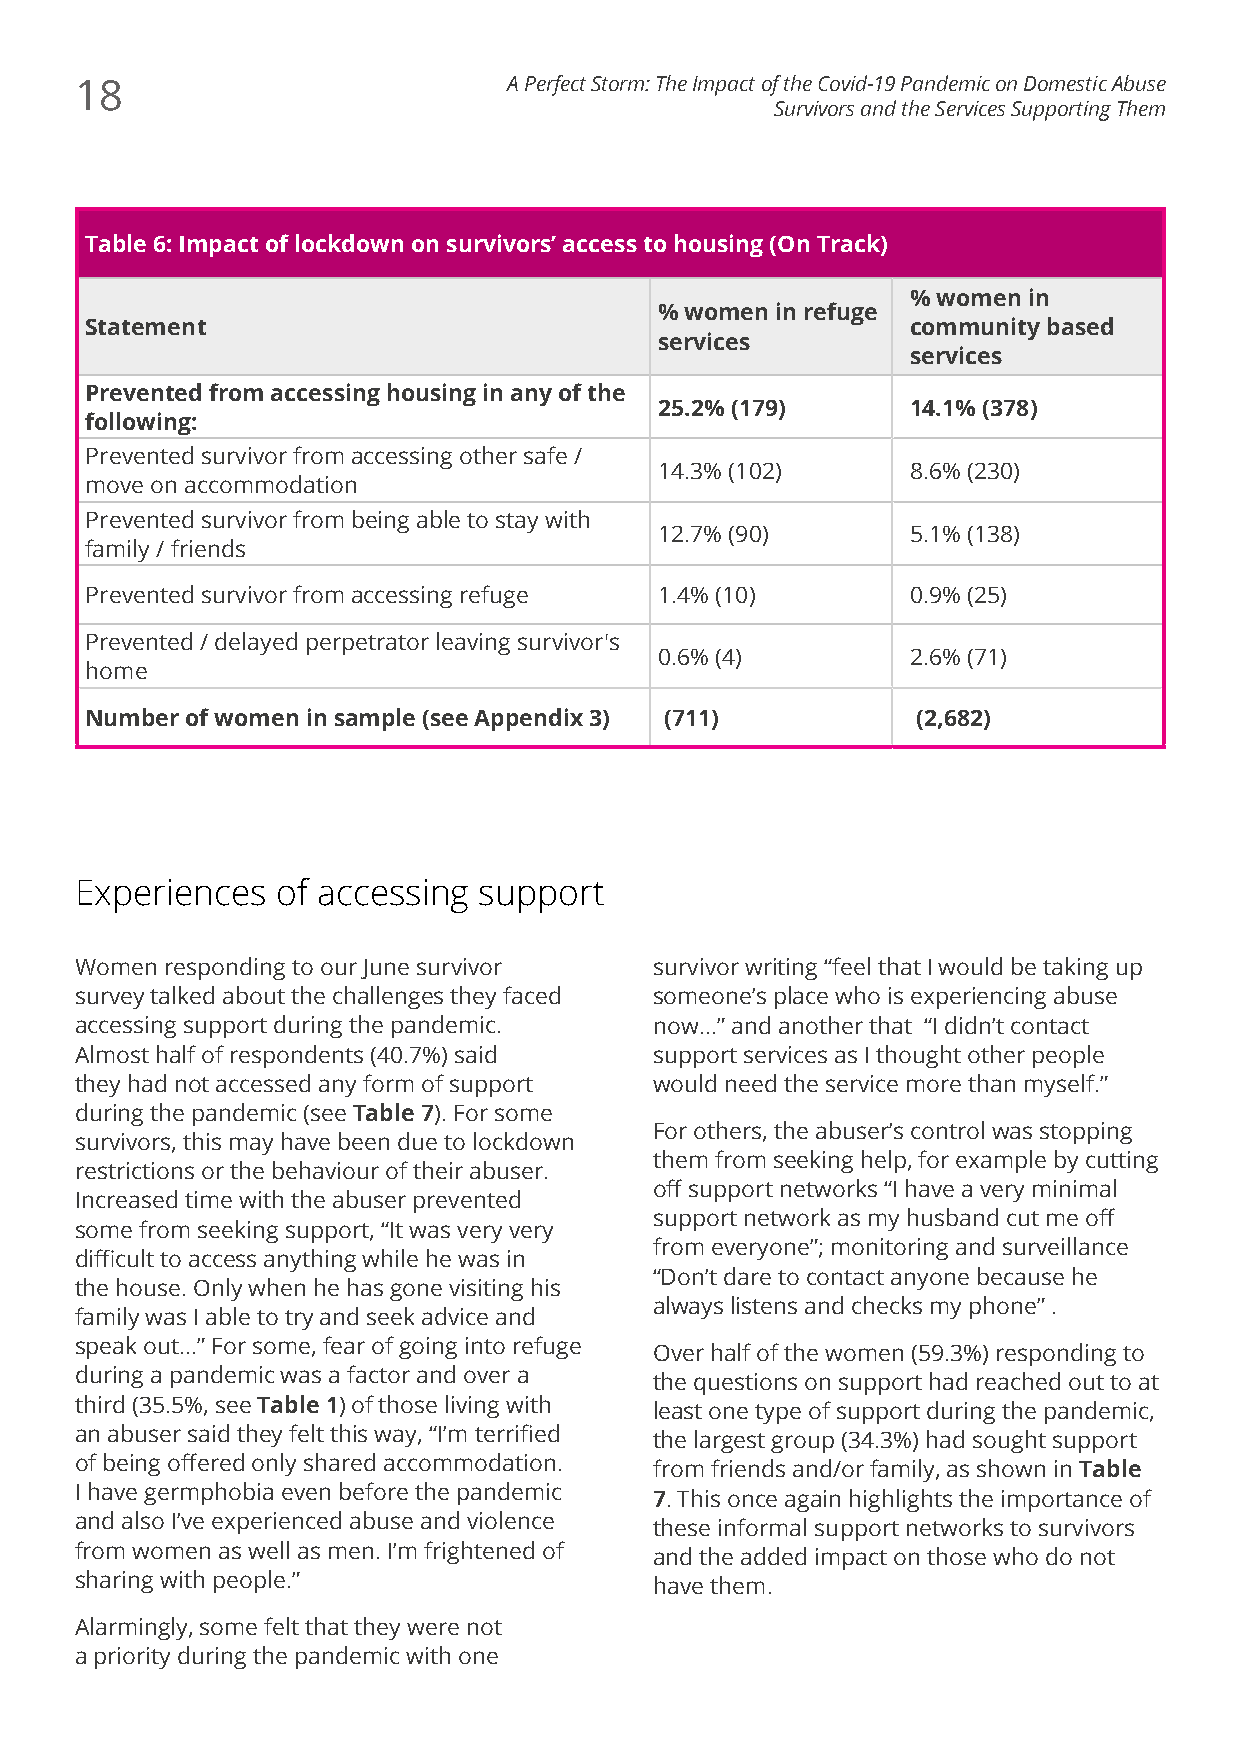
18                           A Perfect Storm: The Impact of the Covid-19 Pandemic on Domestic Abuse
 Survivors and the Services Supporting Them
 Table 6: Impact of lockdown on survivors’ access to housing (On Track)
 % women in
 % women in refuge
 Statement                                             community based
 services
 services
 Prevented from accessing housing in any of the
 25.2% (179)     14.1% (378)
 following:
 Prevented survivor from accessing other safe /
 14.3% (102)     8.6% (230)
 move on accommodation
 Prevented survivor from being able to stay with
 12.7% (90)      5.1% (138)
 family / friends
 Prevented survivor from accessing refuge 1.4% (10)    0.9% (25)
 Prevented / delayed perpetrator leaving survivor's
 0.6% (4)        2.6% (71)
 home
 Number of women in sample (see Appendix 3) (711)       (2,682)
 Experiences  of accessing  support
 Women responding to our June survivor survivor writing “feel that I would be taking up
 survey talked about the challenges they faced someone’s place who is experiencing abuse
 accessing support during the pandemic. now...” and another that “I didn’t contact
 Almost half of respondents (40.7%) said support services as I thought other people
 they had not accessed any form of support would need the service more than myself.”
 during the pandemic (see Table 7). For some
 For others, the abuser’s control was stopping
 survivors, this may have been due to lockdown
 them from seeking help, for example by cutting
 restrictions or the behaviour of their abuser.
 off support networks “I have a very minimal
 Increased time with the abuser prevented
 support network as my husband cut me off
 some from seeking support, “It was very very
 from everyone”; monitoring and surveillance
 difficult to access anything while he was in
 “Don’t dare to contact anyone because he
 the house. Only when he has gone visiting his
 always listens and checks my phone” .
 family was I able to try and seek advice and
 speak out...” For some, fear of going into refuge
 Over half of the women (59.3%) responding to
 during a pandemic was a factor and over a
 the questions on support had reached out to at
 third (35.5%, see Table 1) of those living with least one type of support during the pandemic,
 an abuser said they felt this way, “I’m terrified
 the largest group (34.3%) had sought support
 of being offered only shared accommodation.
 from friends and/or family, as shown in Table
 I have germphobia even before the pandemic
 7. This once again highlights the importance of
 and also I’ve experienced abuse and violence
 these informal support networks to survivors
 from women as well as men. I’m frightened of
 and the added impact on those who do not
 sharing with people.”
 have them.
 Alarmingly, some felt that they were not
 a priority during the pandemic with one